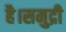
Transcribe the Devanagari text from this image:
है।समुद्री